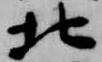
北